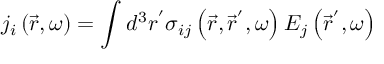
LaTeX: j _ { i } \left( \vec { r } , \omega \right) = \int d ^ { 3 } r ^ { ^ { \prime } } \sigma _ { i j } \left( \vec { r } , \vec { r } ^ { ^ { \prime } } , \omega \right) E _ { j } \left( \vec { r } ^ { ^ { \prime } } , \omega \right)